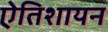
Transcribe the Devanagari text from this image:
एेतिशायन